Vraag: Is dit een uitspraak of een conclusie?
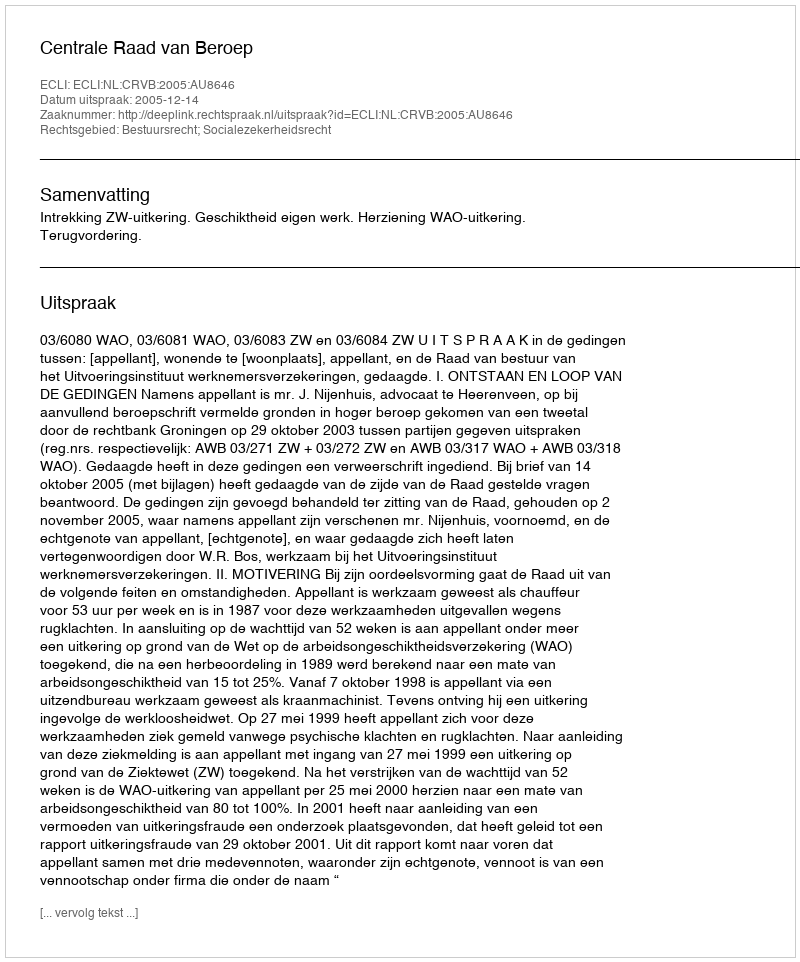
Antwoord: Uitspraak